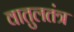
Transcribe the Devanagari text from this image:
वातुलतंत्र